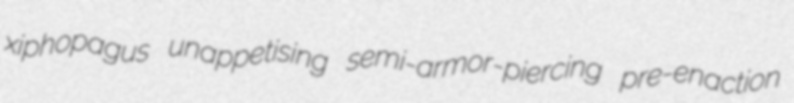
xiphopagus unappetising semi-armor-piercing pre-enaction